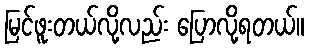
မြင်ဖူးတယ်လို့လည်း ပြောလို့ရတယ်။